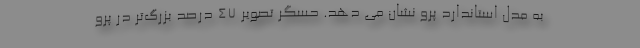
به مدل استاندارد پرو نشان می دهد. حسگر تصویر ۴۷ درصد بزرگ‌تر در پرو